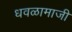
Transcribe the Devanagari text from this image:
धवळामाजी